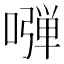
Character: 𠽂